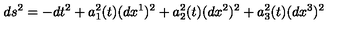
d s ^ { 2 } = - d t ^ { 2 } + a _ { 1 } ^ { 2 } ( t ) ( d x ^ { 1 } ) ^ { 2 } + a _ { 2 } ^ { 2 } ( t ) ( d x ^ { 2 } ) ^ { 2 } + a _ { 3 } ^ { 2 } ( t ) ( d x ^ { 3 } ) ^ { 2 }